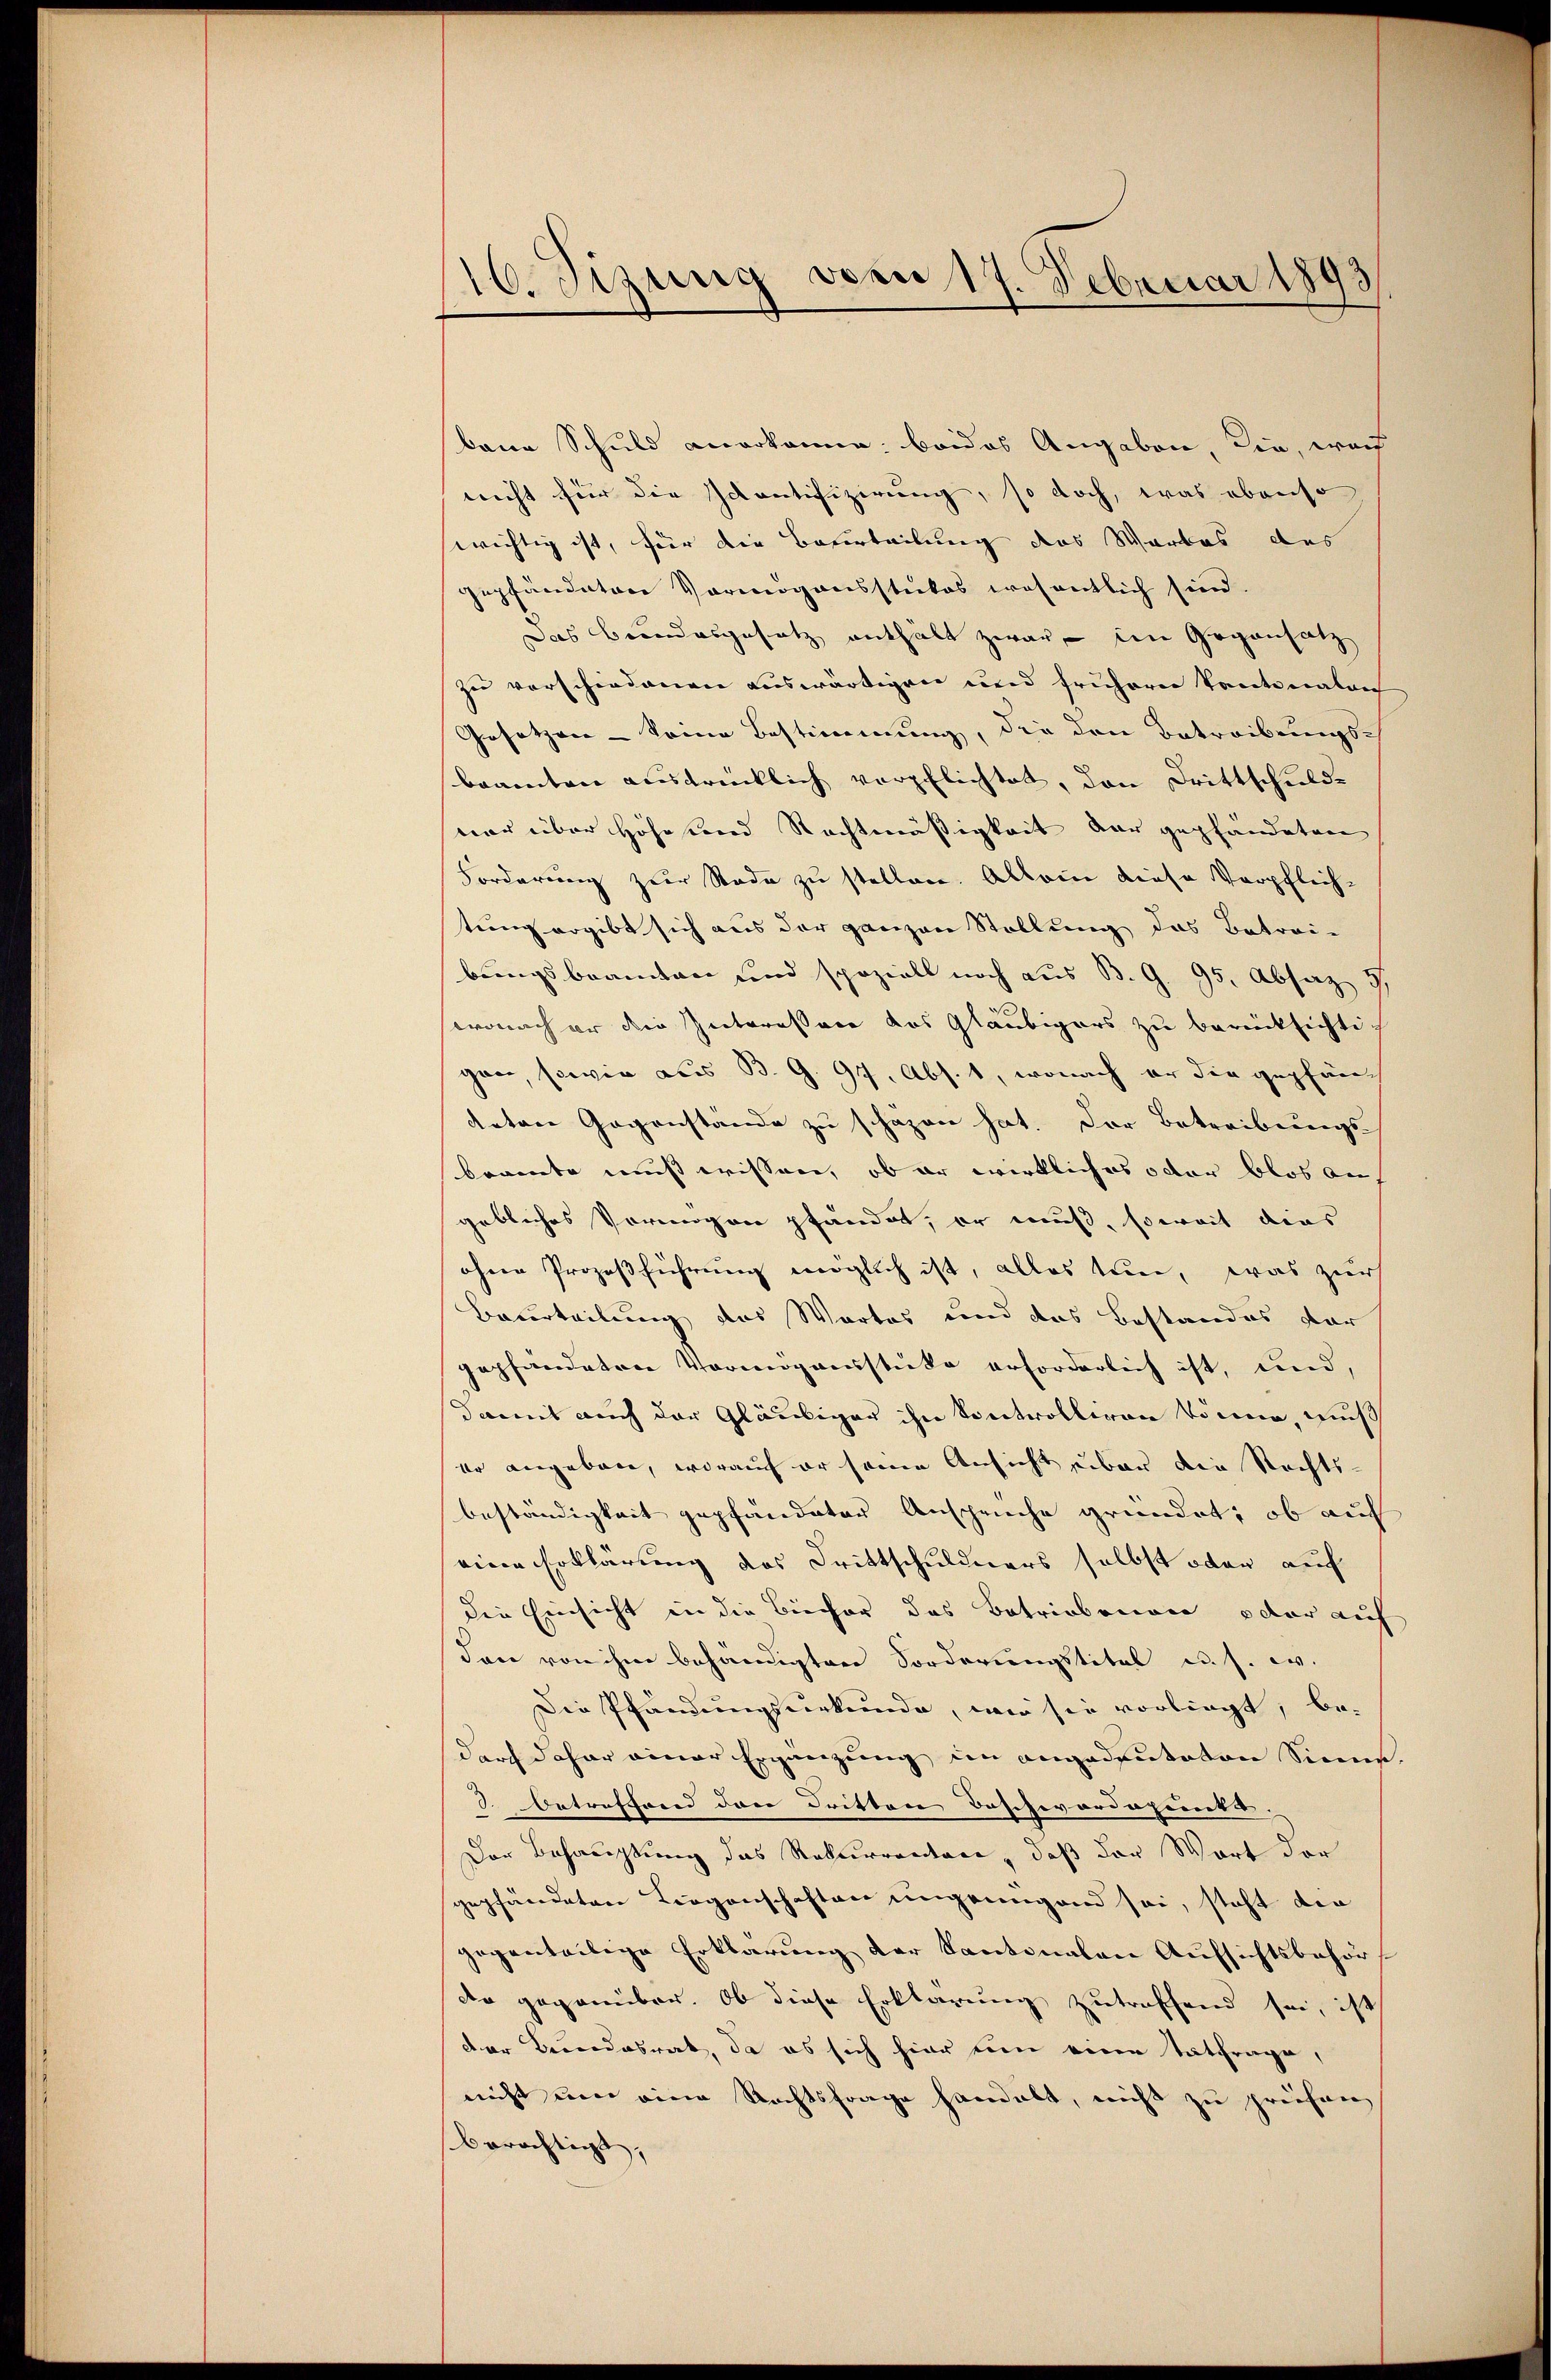
16. Sizung vom 17. Februar 1893
d

baue Schuld anerkanne beides Angaben, die, wach
nicht für die Scontifizierung, so doch, was ebenso
wichtig ist, für die Beurteilung des Wartes des
gepfändeten Vermögensstükos wesentlich sind.
Das Bundesgesetz enthält zwar - im Gegensatz
zu verschiedenen auswärtigen und früherer Prectonalan
Gesetzen - Seine Bestimmung, die den Betreibungsbeamten ausdrücklich verpflichtet, den Drittschuld-
ner über Höhe und Rechtmäßigkeit der gepfändeten
Forderung zur Rode zu stellen. Allein diese Verpflich-
tung ergibt sich aus der ganzen Stellung das Betrei-
bungsbeamten und speziell noch aus B. G. 95. Absaz 9
wonach er die Interessene das Gläubigers zu berücksichti-
gen, sowie aus B. G. 97. Abs. 1, wonach er die gepfändeten Gegenstande zu schäzen hat. Der Betreibungs
brannte muß wissen, ob er wirkliches oder blos an
gebliches Vermögen pfändet, er muß, soweit dies
ohnen Prozeßführung möglich ist, alles tun, was zur
Berurteilung des Wartes und das Bestandes vor
gepfändeten Vermögensstücke erforderlich ist, und,
damit auch der Gläubiger ihn kontrolliren könne, muß
er angebene, worauf er seine Ansicht, über die Rechts-
beständigkeit gepfändeter Anspruche gründet, ob auch
eine Erklärung des Drittschuldners selbst oder auf
die Einsicht in die Biecher das Betriebenen oder auf
dann von ihm behändigten Forderungstitel u. s. w.
Die Pfändungsurkunde, wie sie vorliegt, be-
durch daher einer Ergänzung im angedeuteten Sinne.
3. Betreffend den dritten Beschwordepunktes. |
Der Behauptung das Rekurrenten, daß der Wort der
gepfändeten Liegenschaften ungenügend sei, steht die
gegenteilige Erklärung der Kantonalen Aufsichtsbehör
der gegenüber. Ob diese Erklärung zutreffend sei, ist
der Bundesrat, da es sich hier um eine Tatfrage,
nicht um eine Rechtsfrage handelt, nicht zu prüfen
berechtigt,